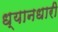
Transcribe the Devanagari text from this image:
ध्यानधारी